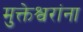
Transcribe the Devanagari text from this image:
मुक्तेश्वरांना